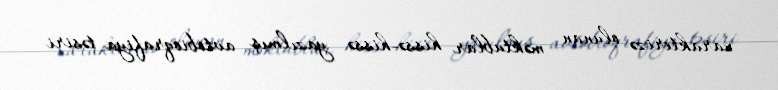
xarakterizə olunan məktublar hissə-hissə yazılmış avtobioqrafiya təsiri